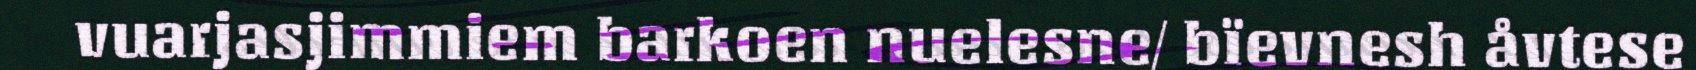
vuarjasjimmiem barkoen nuelesne/ bïevnesh åvtese